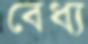
বেধ্য